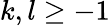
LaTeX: k,l\ge-1